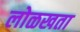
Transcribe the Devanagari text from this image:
लोळखता